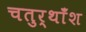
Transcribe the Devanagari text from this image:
चतुर्थाँश